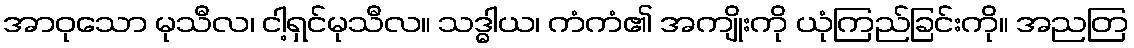
အာဝုသော မုသီလ၊ ငါ့ရှင်မုသီလ။ သဒ္ဓါယ၊ ကံကံ၏ အကျိုးကို ယုံကြည်ခြင်းကို။ အညတြ